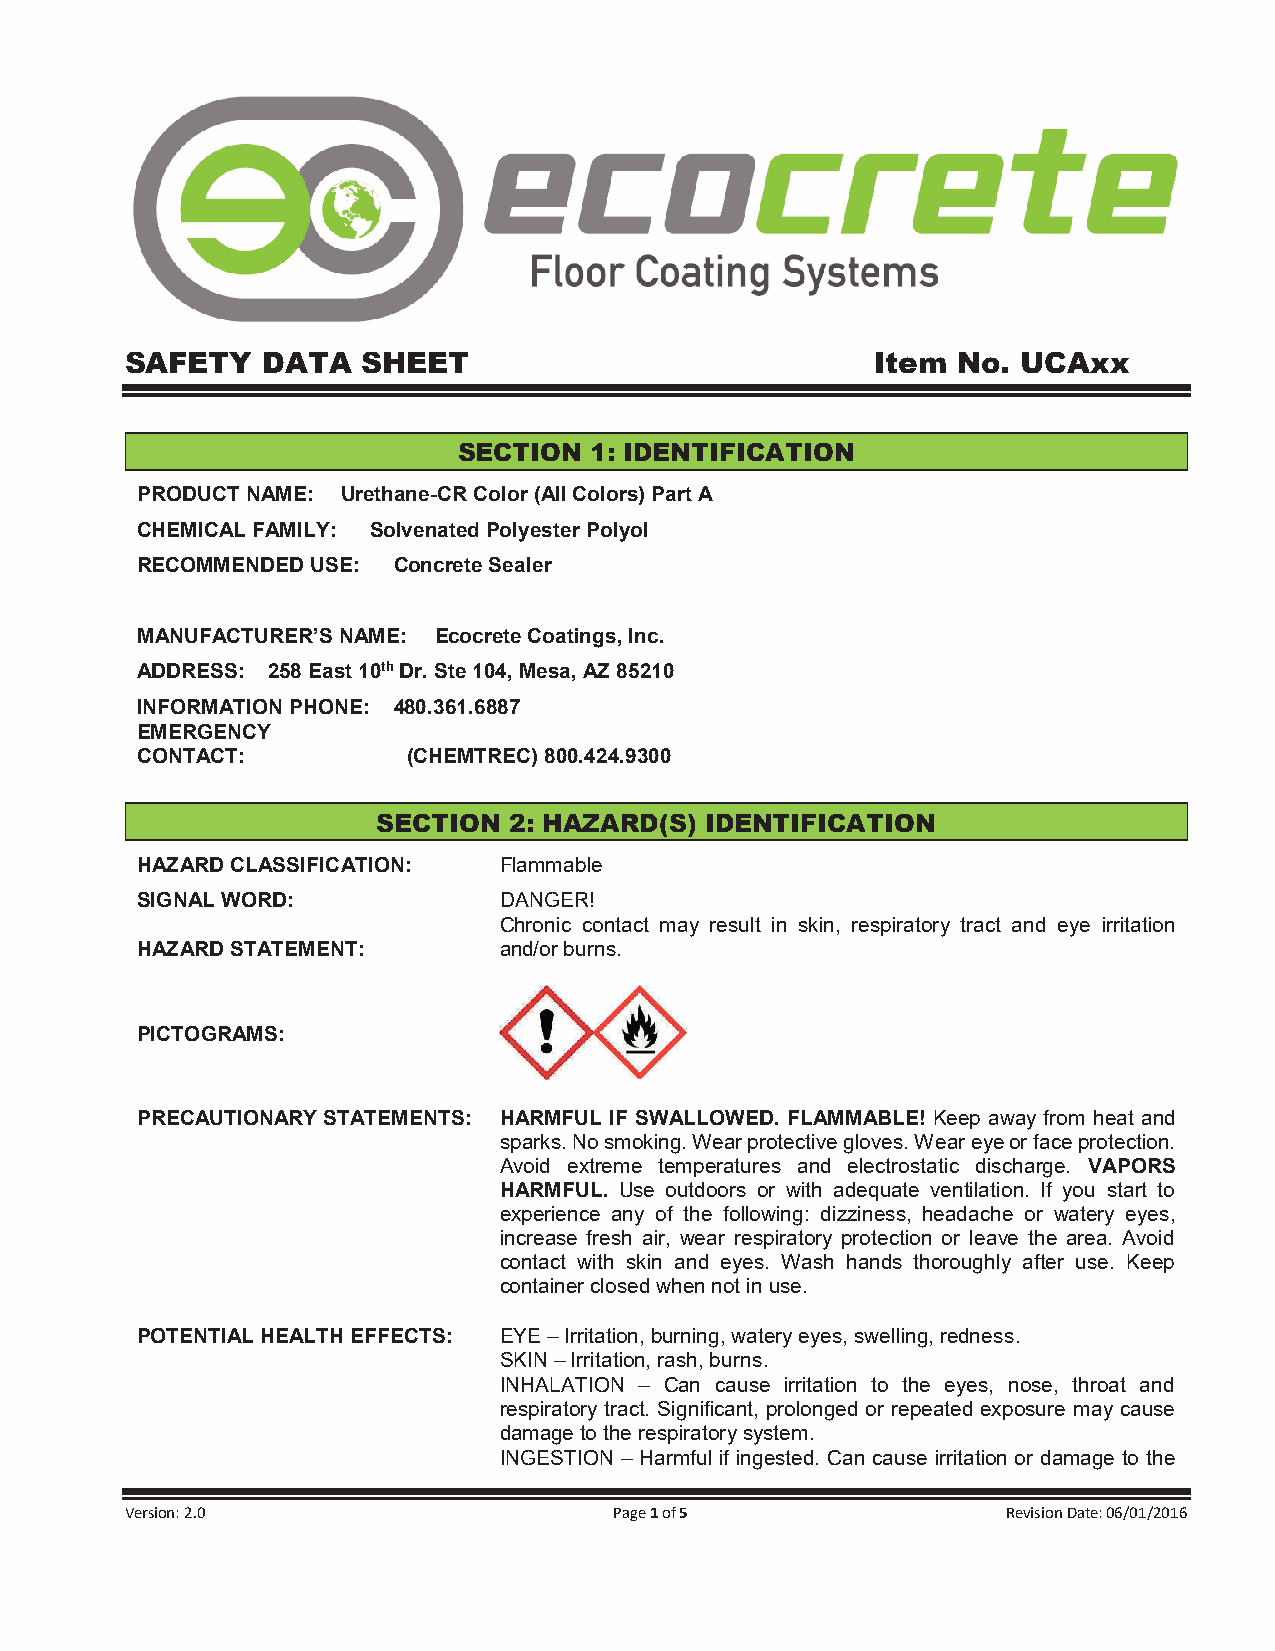
SAFETY   DATA   SHEET                             Item No.  UCAxx
 SECTION  1: IDENTIFICATION
 PRODUCT NAME: Urethane-CR Color (All Colors) Part A
 CHEMICAL FAMILY: Solvenated Polyester Polyol
 RECOMMENDED USE: Concrete Sealer
 MANUFACTURER’S NAME: Ecocrete Coatings, Inc.
 ADDRESS: 258 East 10th Dr. Ste 104, Mesa, AZ 85210
 INFORMATION PHONE: 480.361.6887
 EMERGENCY
 CONTACT:          (CHEMTREC) 800.424.9300
 SECTION  2: HAZARD(S) IDENTIFICATION
 HAZARD CLASSIFICATION:  Flammable
 SIGNAL WORD:            DANGER!
 Chronic contact may result in skin, respiratory tract and eye irritation
 HAZARD STATEMENT:       and/or burns.
 PICTOGRAMS:
 PRECAUTIONARY STATEMENTS: HARMFUL IF SWALLOWED. FLAMMABLE! Keep away from heat and
 sparks. No smoking. Wear protective gloves. Wear eye or face protection.
 Avoid extreme temperatures and electrostatic discharge. VAPORS
 HARMFUL. Use outdoors or with adequate ventilation. If you start to
 experience any of the following: dizziness, headache or watery eyes,
 increase fresh air, wear respiratory protection or leave the area. Avoid
 contact with skin and eyes. Wash hands thoroughly after use. Keep
 container closed when not in use.
 POTENTIAL HEALTH EFFECTS: EYE – Irritation, burning, watery eyes, swelling, redness.
 SKIN – Irritation, rash, burns.
 INHALATION – Can cause irritation to the eyes, nose, throat and
 respiratory tract. Significant, prolonged or repeated exposure may cause
 damage to the respiratory system.
 INGESTION – Harmful if ingested. Can cause irritation or damage to the
 Version: 2.0                     Page 1 of 5               Revision Date: 06/01/2016